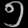
Digit: ၅